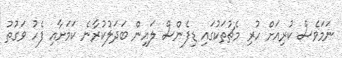
ނަމަވެސް ކުރިއަށް ހުރި މެޗުތަކުގައި ޑިފެންސް ލައިން ބަދަލުކުރާނެ ކަމަށާއި ފެހު ވަގުތު